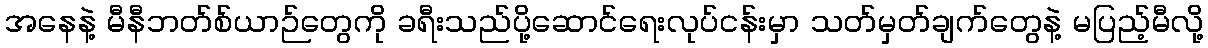
အနေနဲ့ မီနီဘတ်စ်ယာဉ်တွေကို ခရီးသည်ပို့ဆောင်ရေးလုပ်ငန်းမှာ သတ်မှတ်ချက်တွေနဲ့ မပြည့်မီလို့